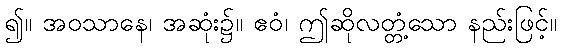
၍။ အဝသာနေ၊ အဆုံး၌။ ဧဝံ၊ ဤဆိုလတ္တံ့သော နည်းဖြင့်။